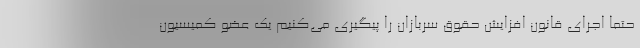
حتما اجرای قانون افزایش حقوق سربازان را پیگیری می‌کنیم یک عضو کمیسیون